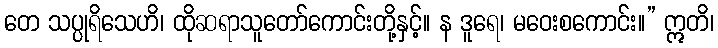
တေ သပ္ပုရိသေဟိ၊ ထိုဆရာသူတော်ကောင်းတို့နှင့်။ န ဒူရေ၊ မဝေးစကောင်း။” ဣတိ၊